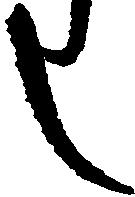
し